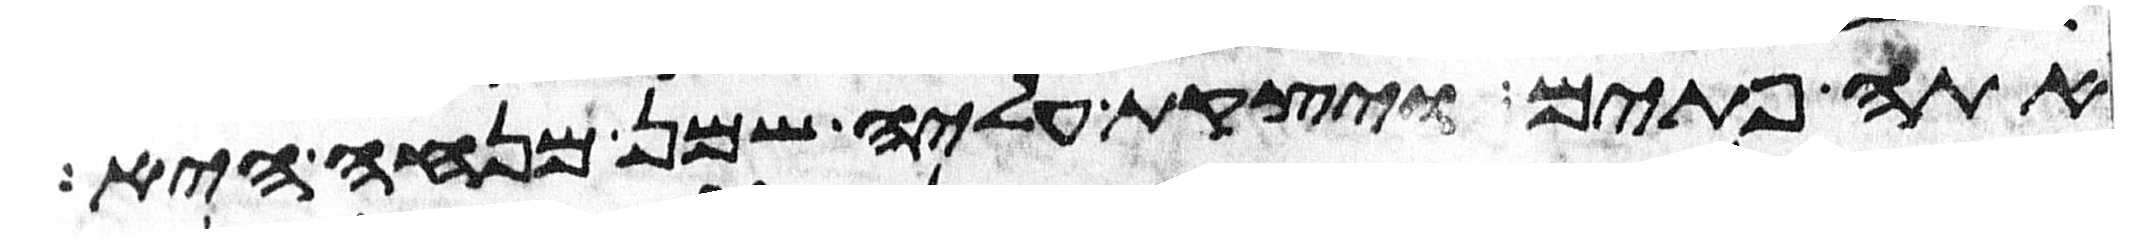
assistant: אתה פתים ויצקת עליה שמן מנחה היא